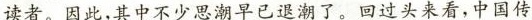
读者。因此,其中不少思潮早已退潮了。回过头来看，中国传